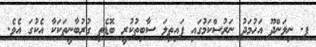
ފ. ނިލަންދޫ އަހުމަދު ނަރުސްކަމުގައި ފައިތިލަ ސާބިތުކުރީ ބޮޑެތި ގުރުބާނީތަކަކާ އެކުގަ އެވެ.